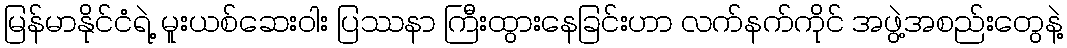
မြန်မာနိုင်ငံရဲ့ မူးယစ်ဆေးဝါး ပြဿနာ ကြီးထွားနေခြင်းဟာ လက်နက်ကိုင် အဖွဲ့အစည်းတွေနဲ့